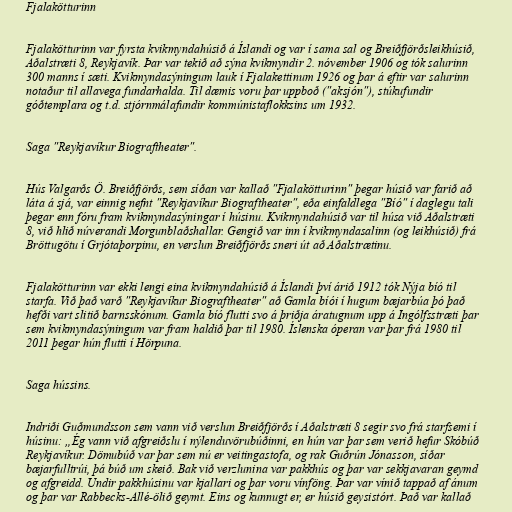
Fjalakötturinn

Fjalakötturinn var fyrsta kvikmyndahúsið á Íslandi og var í sama sal og Breiðfjörðsleikhúsið,
Aðalstræti 8, Reykjavík. Þar var tekið að sýna kvikmyndir 2. nóvember 1906 og tók salurinn
300 manns í sæti. Kvikmyndasýningum lauk í Fjalakettinum 1926 og þar á eftir var salurinn
notaður til allavega fundarhalda. Til dæmis voru þar uppboð ("aksjón"), stúkufundir
góðtemplara og t.d. stjórnmálafundir kommúnistaflokksins um 1932.

Saga "Reykjavíkur Biograftheater".

Hús Valgarðs Ö. Breiðfjörðs, sem síðan var kallað "Fjalakötturinn" þegar húsið var farið að
láta á sjá, var einnig nefnt "Reykjavíkur Biograftheater", eða einfaldlega "Bíó" í daglegu tali
þegar enn fóru fram kvikmyndasýningar í húsinu. Kvikmyndahúsið var til húsa við Aðalstræti
8, við hlið núverandi Morgunblaðshallar. Gengið var inn í kvikmyndasalinn (og leikhúsið) frá
Bröttugötu í Grjótaþorpinu, en verslun Breiðfjörðs sneri út að Aðalstrætinu.

Fjalakötturinn var ekki lengi eina kvikmyndahúsið á Íslandi því árið 1912 tók Nýja bíó til
starfa. Við það varð "Reykjavíkur Biograftheater" að Gamla bíói í hugum bæjarbúa þó það
hefði vart slitið barnsskónum. Gamla bíó flutti svo á þriðja áratugnum upp á Ingólfsstræti þar
sem kvikmyndasýningum var fram haldið þar til 1980. Íslenska óperan var þar frá 1980 til
2011 þegar hún flutti í Hörpuna.

Saga hússins.

Indriði Guðmundsson sem vann við verslun Breiðfjörðs í Aðalstræti 8 segir svo frá starfsemi í
húsinu: „Ég vann við afgreiðslu í nýlenduvörubúðinni, en hún var þar sem verið hefur Skóbúð
Reykjavíkur. Dömubúð var þar sem nú er veitingastofa, og rak Guðrún Jónasson, síðar
bæjarfulltrúi, þá búð um skeið. Bak við verzlunina var pakkhús og þar var sekkjavaran geymd
og afgreidd. Undir pakkhúsinu var kjallari og þar voru vínföng. Þar var vínið tappað af ánum
og þar var Rabbecks-Allé-ölið geymt. Eins og kunnugt er, er húsið geysistórt. Það var kallað